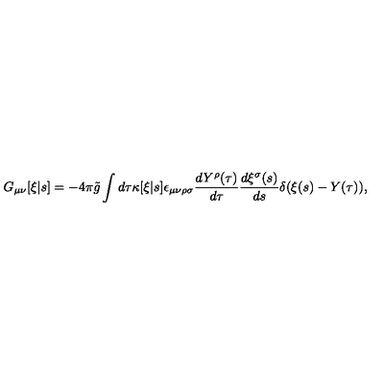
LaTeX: G _ { \mu \nu } [ \xi | s ] = - 4 \pi \tilde { g } \int d \tau \kappa [ \xi | s ] \epsilon _ { \mu \nu \rho \sigma } \frac { d Y ^ { \rho } ( \tau ) } { d \tau } \frac { d \xi ^ { \sigma } ( s ) } { d s } \delta ( \xi ( s ) - Y ( \tau ) ) ,